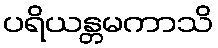
ပရိယန္တမကာသိ